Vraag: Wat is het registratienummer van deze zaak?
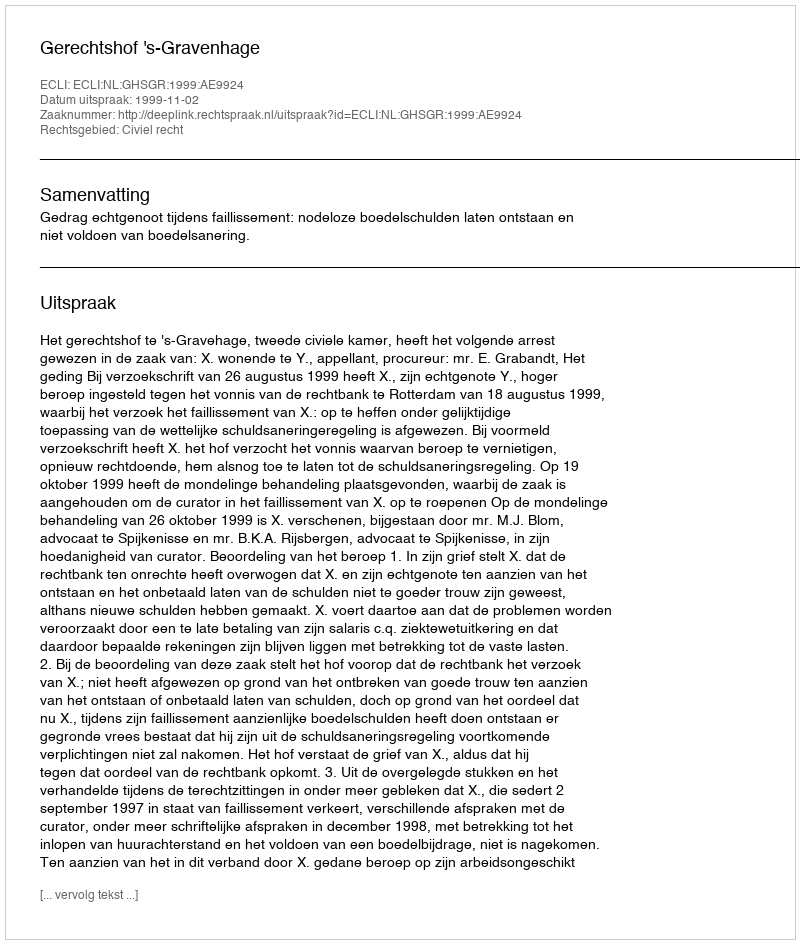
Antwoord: http://deeplink.rechtspraak.nl/uitspraak?id=ECLI:NL:GHSGR:1999:AE9924